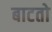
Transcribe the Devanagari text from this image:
बाटतो